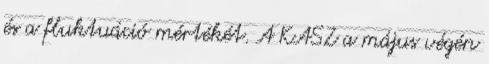
és a fluktuáció mértékét. A KASZ a május végén